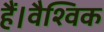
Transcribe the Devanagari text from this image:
हैं।वैश्विक